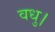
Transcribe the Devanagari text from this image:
वधु।